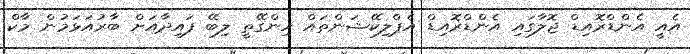
އެއީ އެންޑްރޮއިޑް ޖޮލާގައި އެންޑްރޮއިޑް އެޕްލިކޭޝަންތައް ހިންގޭތީ ލިބޭ ފައިދާއަށް ބާރުއަޅަމުން މާކް